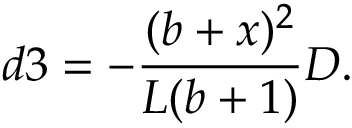
d 3 = - \frac { ( b + x ) ^ { 2 } } { L ( b + 1 ) } D .